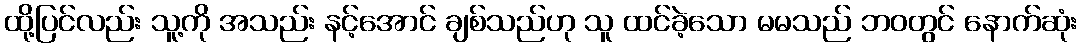
ထို့ပြင်လည်း သူ့ကို အသည်း နင့်အောင် ချစ်သည်ဟု သူ ထင်ခဲ့သော မမသည် ဘဝတွင် နောက်ဆုံး